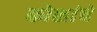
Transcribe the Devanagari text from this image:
कोशांचें